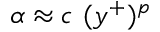
\alpha \approx c ~ ( { y ^ { + } } ) ^ { p }